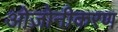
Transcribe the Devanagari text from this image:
ओज़ोनीकरण